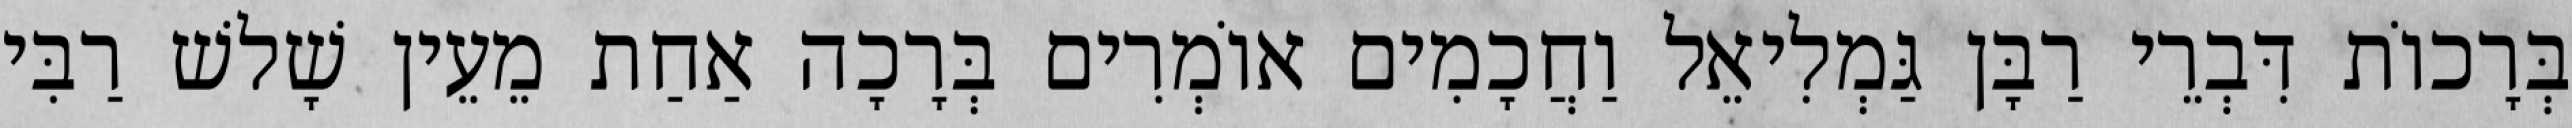
בְּרָכוֹת דִּבְרֵי רַבָּן גַּמְלִיאֵל וַחֲכָמִים אוֹמְרִים בְּרָכָה אַחַת מֵעֵין שָׁלשׁ רַבִּי